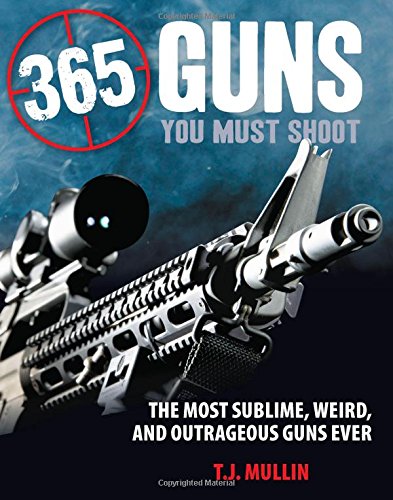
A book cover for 365 Guns You Must Shoot: The Most Sublime, Weird, and Outrageous Guns Ever; T. J. Mullin; Humor & Entertainment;